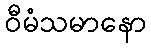
ဝီမံသမာနော